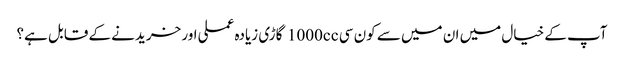
آپ کے خیال میں ان میں سے کون سی 1000cc گاڑی زیادہ عملی اور خریدنے کے قابل ہے؟